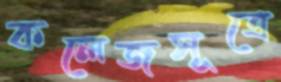
কলেজসূত্রে